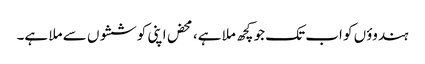
ہندوؤں کو اب تک جو کچھ ملا ہے، محض اپنی کوششوں سے ملا ہے۔